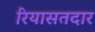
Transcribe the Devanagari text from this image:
रियासतदार